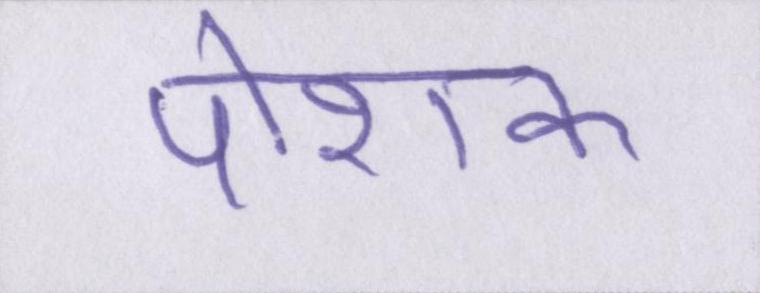
पोशक